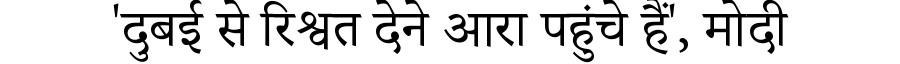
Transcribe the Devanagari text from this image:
'दुबई से रिश्वत देने आरा पहुंचे हैं', मोदी